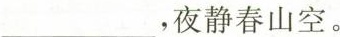
，夜静春山空。